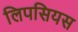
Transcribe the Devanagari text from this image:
लिपसियस